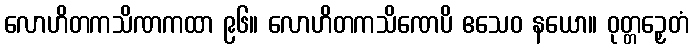
လောဟိတကသိဏကထာ ၉၆။ လောဟိတကသိဏေပိ ဧသေဝ နယော။ ဝုတ္တဉှေတံ